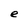
Character: e